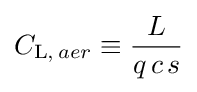
C_{\mathrm {L} ,\,aer}\equiv {\frac {L}{q\,c\,s}}